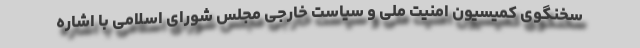
سخنگوی کمیسیون امنیت ملی و سیاست خارجی مجلس شورای اسلامی با اشاره